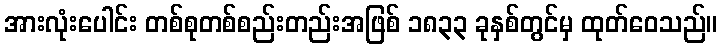
အားလုံးပေါင်း တစ်စုတစ်စည်းတည်းအဖြစ် ၁၈၃၃ ခုနှစ်တွင်မှ ထုတ်ဝေသည်။